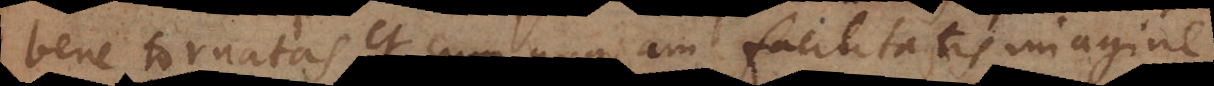
bene tornatas et cum quadam facilitatis imagine